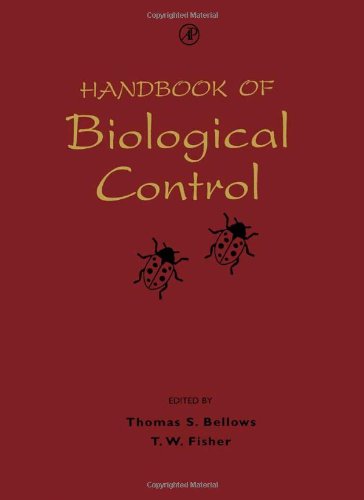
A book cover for Handbook of Biological Control: Principles and Applications of Biological Control; Crafts, Hobbies & Home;